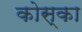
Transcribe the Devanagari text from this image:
कोस्का